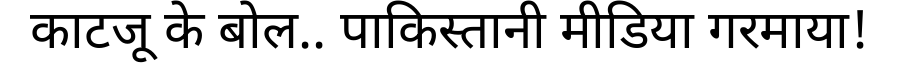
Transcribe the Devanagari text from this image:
काटजू के बोल.. पाकिस्तानी मीडिया गरमाया!